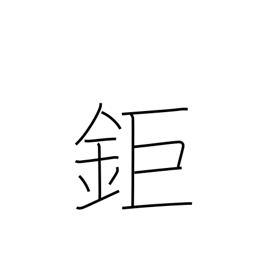
Meaning: big